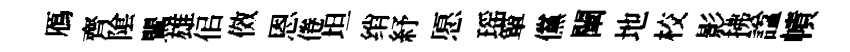
鴈齊隂鸎雄佀傚恩倦坦绡紓愿瑶簞儻闡地校影拂諡幘